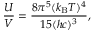
{ \frac { U } { V } } = { \frac { 8 \pi ^ { 5 } ( k _ { \mathrm { B } } T ) ^ { 4 } } { 1 5 ( h c ) ^ { 3 } } } ,